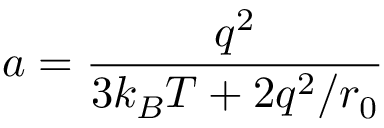
a = \frac { q ^ { 2 } } { 3 k _ { B } T + 2 q ^ { 2 } / r _ { 0 } }